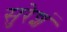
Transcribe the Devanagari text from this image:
सुरेशं